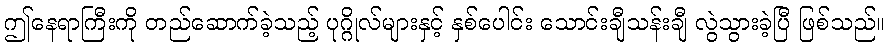
ဤနေရာကြီးကို တည်ဆောက်ခဲ့သည့် ပုဂ္ဂိုလ်များနှင့် နှစ်ပေါင်း သောင်းချီသန်းချီ လွဲသွားခဲ့ပြီ ဖြစ်သည်။